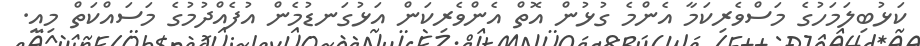
ކަޅުބިލަމަހުގެ މަސްވެރިކަމާ އެންމެ ގުޅުން އޮތް އެންވެރިކަން އަޅުގަނޑުމެން އުފެއްދުމުގެ މަސައްކަތް މިއީ.